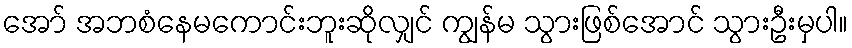
အော် အဘစံနေမကောင်းဘူးဆိုလျှင် ကျွန်မ သွားဖြစ်အောင် သွားဦးမှပါ။